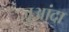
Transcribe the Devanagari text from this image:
जुआंदा